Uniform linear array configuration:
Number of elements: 64
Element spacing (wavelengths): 1
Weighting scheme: cosine
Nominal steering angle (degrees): -60
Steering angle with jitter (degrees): -60.285
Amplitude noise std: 0.05
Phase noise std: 0.05

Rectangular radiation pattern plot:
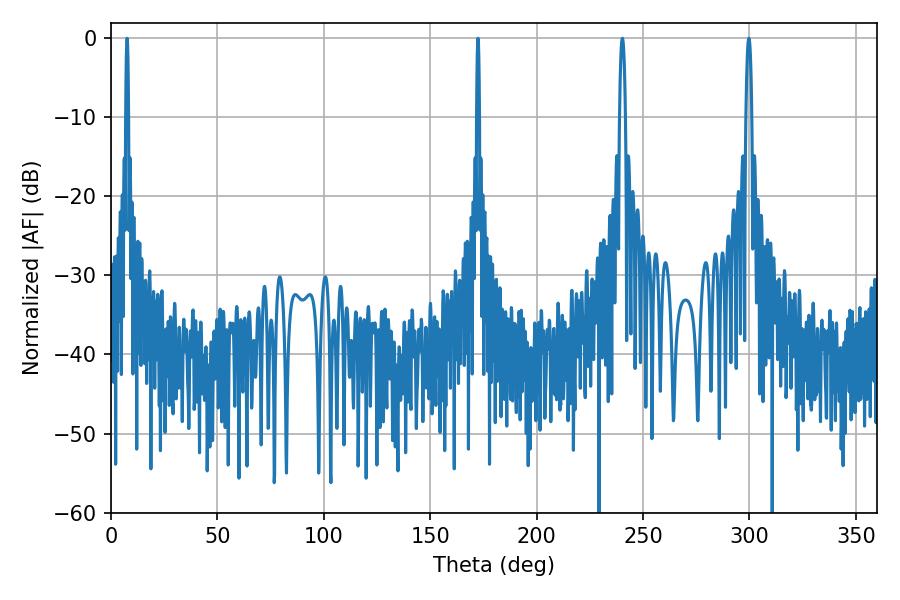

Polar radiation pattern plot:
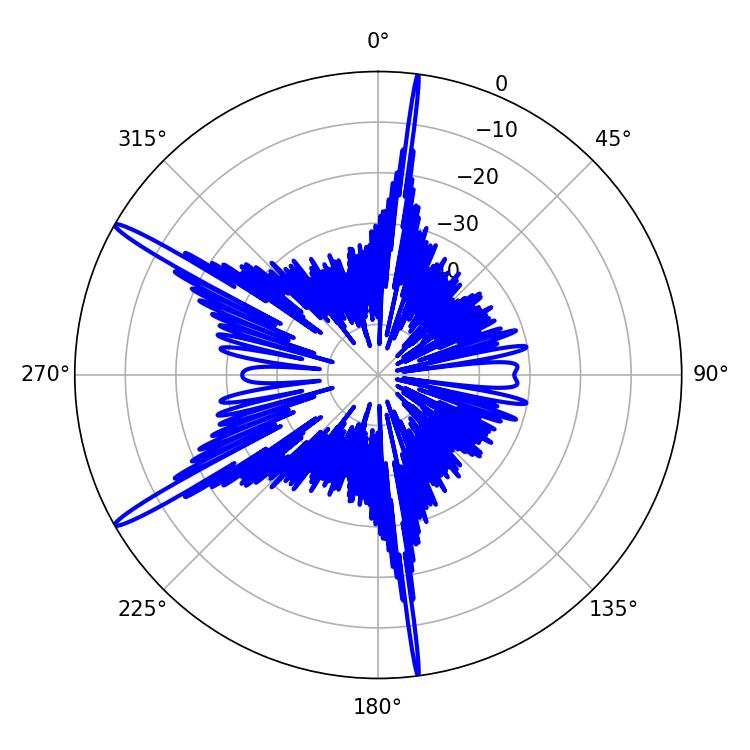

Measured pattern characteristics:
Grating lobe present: TRUE
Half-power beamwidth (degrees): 0.72
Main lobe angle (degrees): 172.44